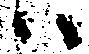
ハ